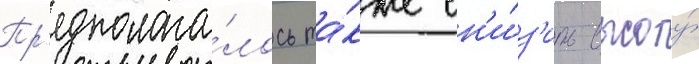
Пр'едполага́лось та́кже сн'и́з'ить высоту́